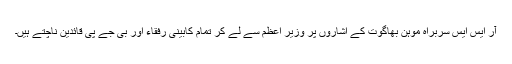
آر ایس ایس سربراہ موہن بھاگوت کے اشاروں پر وزیر اعظم سے لے کر تمام کابینی رفقاء اور بی جے پی قائدین ناچتے ہیں۔